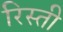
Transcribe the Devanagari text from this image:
रिस्ती